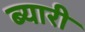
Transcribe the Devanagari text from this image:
ब्यारी